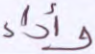
وأداء